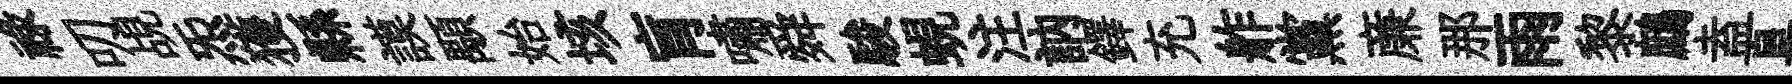
禄叨覘炁獲縣謨顒始垓肓嘯舜駿蜆注訥鐸充舴黨亷那雨黎鷓盍阜